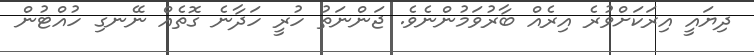
ދިޔައީ އިރަކަށްވުރެ އިރެއް ބާރުވަމުންނެވެ. ޖަންނަތު ހުރީ ހަދާނެ ގޮތެއް ނޭނގި ހުއްޓުން